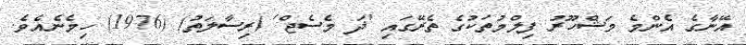
އޭނާގެ އެންމެ މަޝްހޫރު ފިލްމުތަކުގެ ތެރޭގައި 'ޛަ މެސެޖް' (ރިސާލަތު) (1976) ހިމެނެއެވެ.